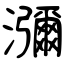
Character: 瀰